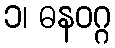
၁၊ ဓနဝဂ္ဂ